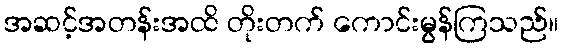
အဆင့်အတန်းအထိ တိုးတက် ကောင်းမွန်ကြသည်။